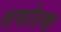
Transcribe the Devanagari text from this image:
सफोल्क